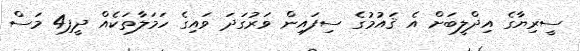
ސީރިޔާގެ އިދްލީބަށް އެ ޤައުމުގެެެެ ސިފައިން ވަރުގަދަ ވައިގެ ހަމަލާތަކެއް ދީފި4 މަސް